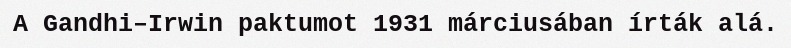
A Gandhi–Irwin paktumot 1931 márciusában írták alá.